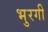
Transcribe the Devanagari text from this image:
भुरगी